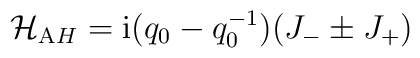
{\cal H}_{\mathrm AH}={\mathrm i}(q_0-q_0^{-1})(J_{-}\pm J_{+})